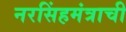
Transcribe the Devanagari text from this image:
नरसिंहमंत्राची